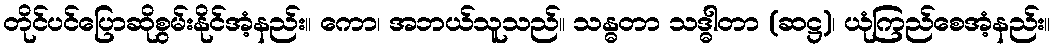
တိုင်ပင်ပြောဆိုစွမ်းနိုင်အံ့နည်း။ ကော၊ အဘယ်သူသည်။ သန္ဓတာ သဒ္ဓါတာ (ဆဋ္ဌ)၊ ယုံကြည်စေအံ့နည်း။